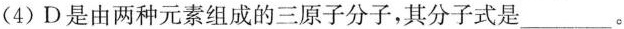
(4)D是由两种元素组成的三原子分子，其分子式是___。